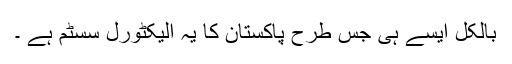
بالکل ایسے ہی جس طرح پاکستان کا یہ الیکٹورل سسٹم ہے ۔